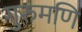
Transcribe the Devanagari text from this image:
गुरुमणि